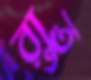
রাতু